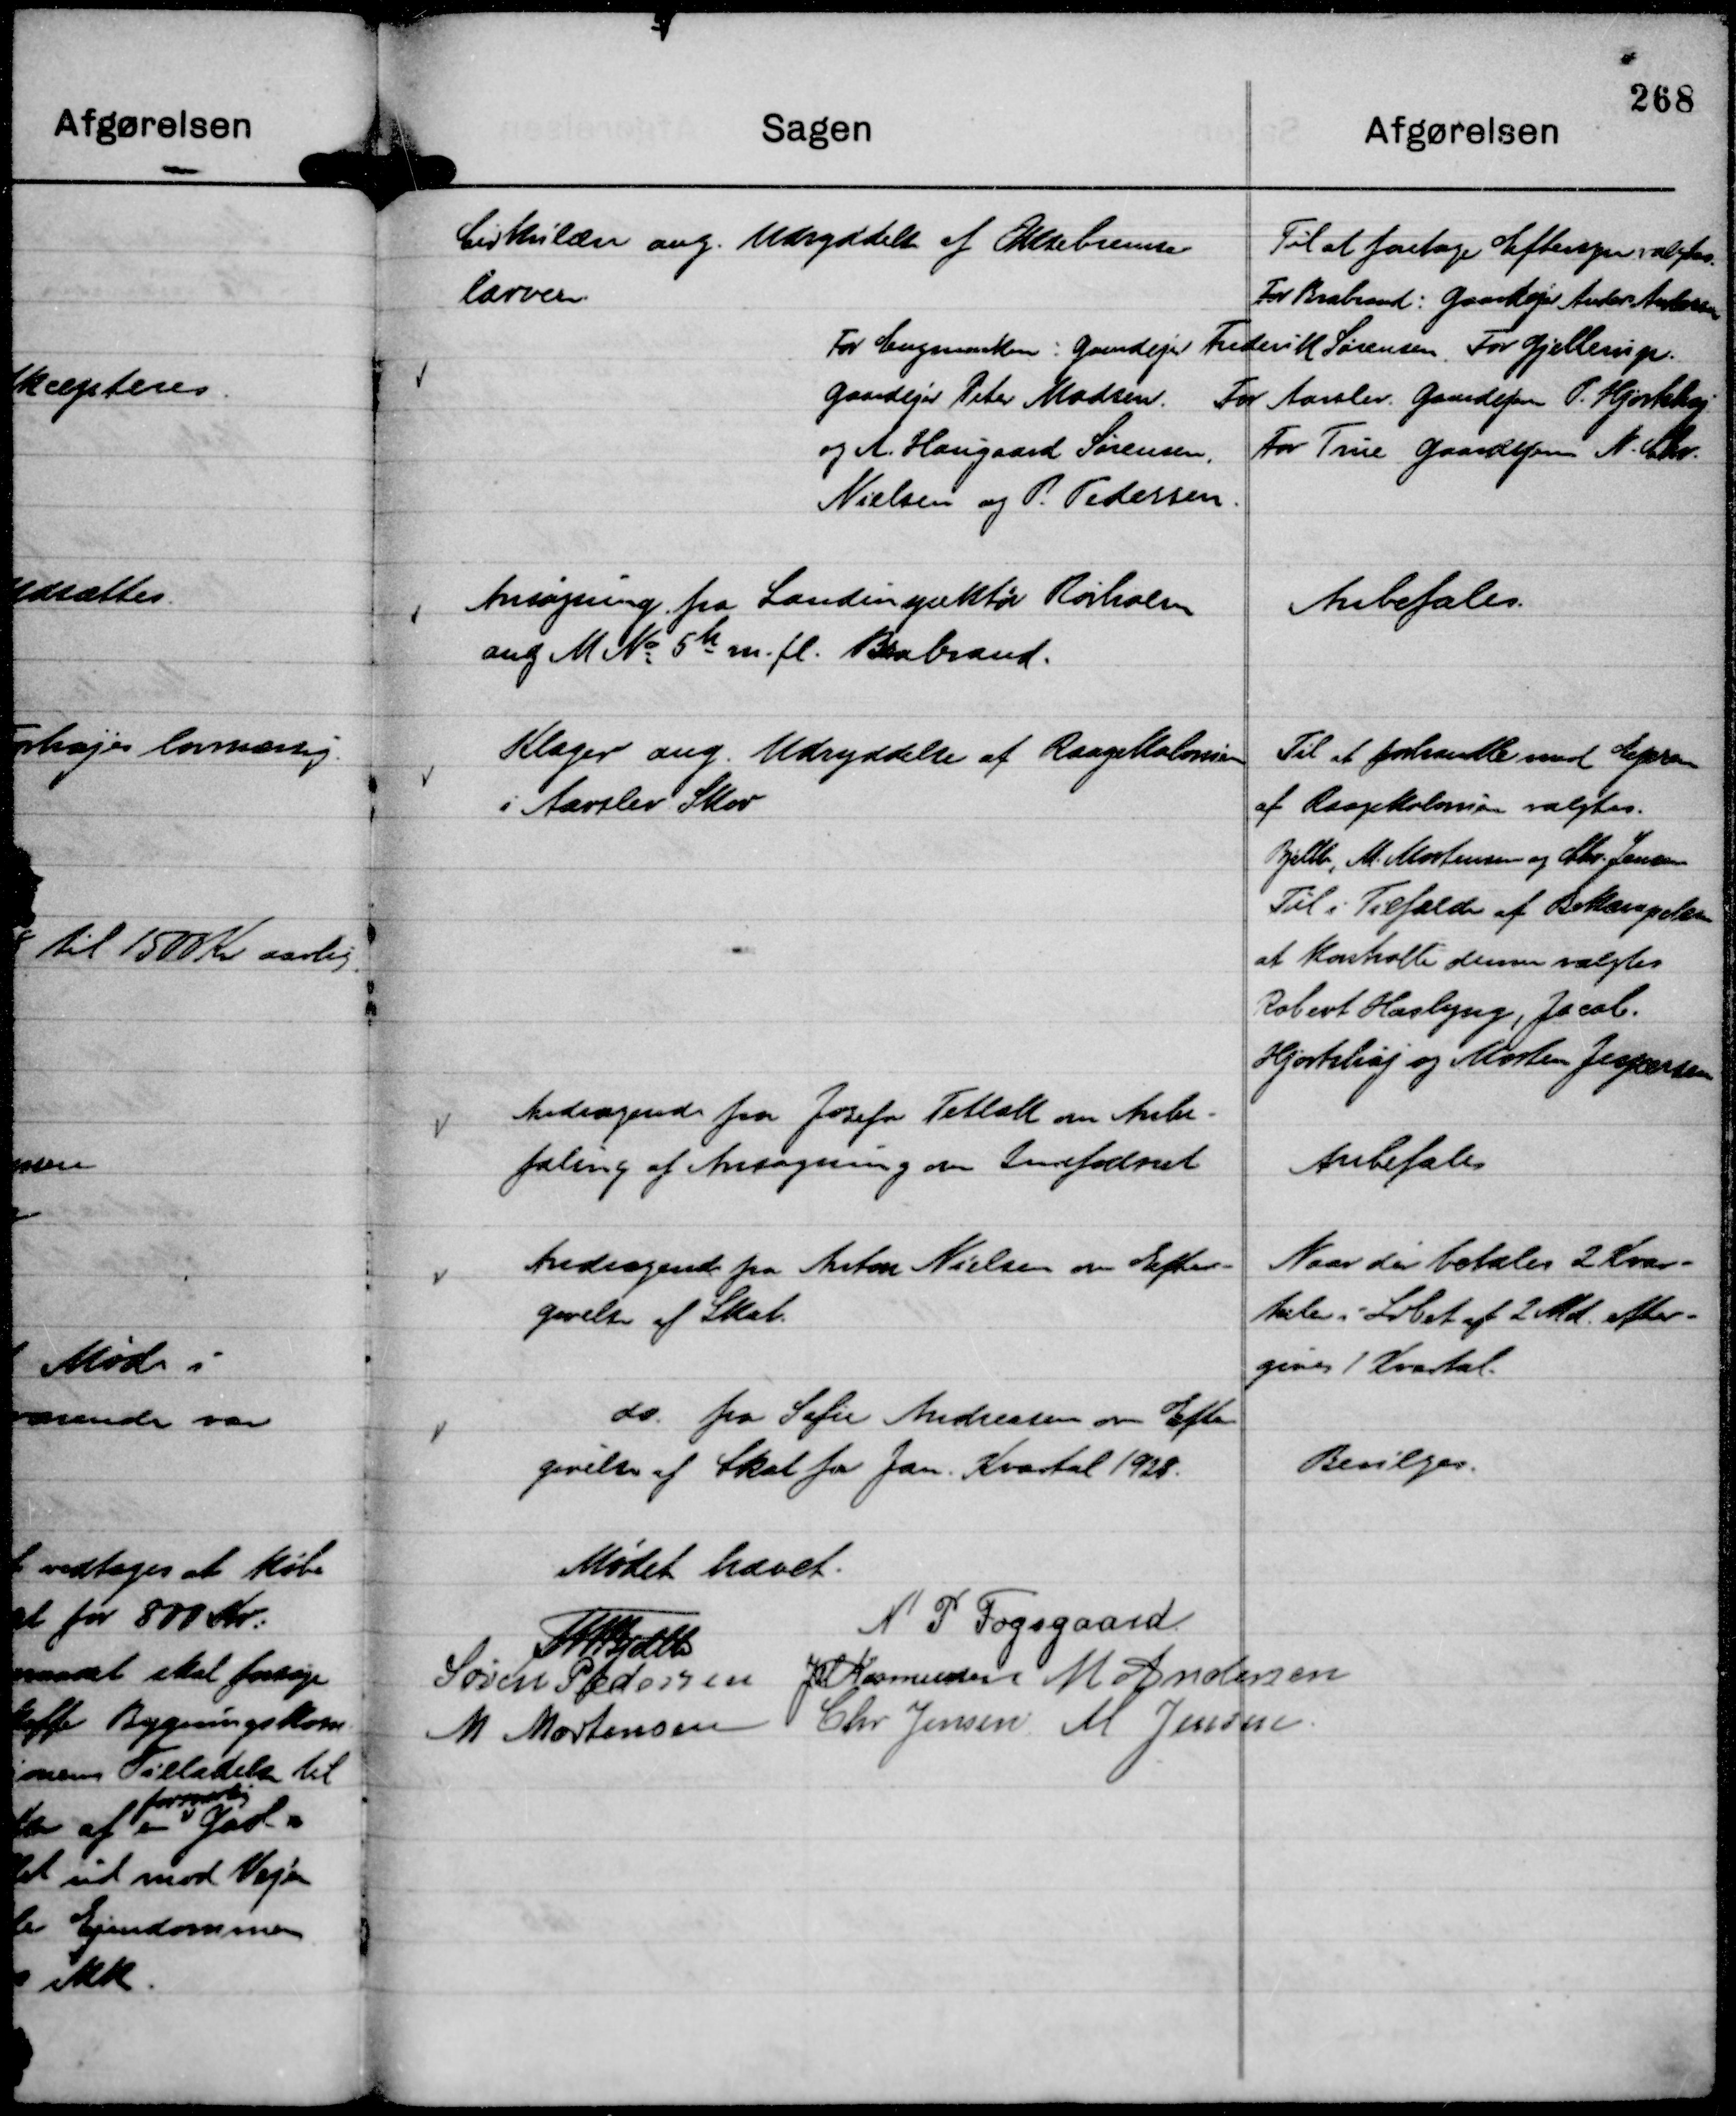
Transskription:
Cirkulære ang. Udryddelse af Oksebremse-
Larver.

Til at foretage Eftersyn valgtes.
For Brabrand: Gaardejer Anders Andersen
For Engmarken: Gaardejer Frederik Sørensen. For Gjellerup.
Gaardejer Peter Madsen. For Aarslev. Gaardejerne P. Hjortshøj
og A. Haugaard Sørensen. For True Gaardejerne N. Chr.
Nielsen og P. Pedersen.

Ansøgning fra Landinspektør Rørholm
ang M No 5 h m. fl. Brabrand.

Anbefales.

Klager ang. Udryddelse af Raagekolonien
i Aarslev Skov

Til at forhandle med Ejeren
af Raagekolonien valgtes.
Bjelke, M. Mortensen og Chr. Jensen
Til i Tilfælde af Bekæmpelsen
at kontrolle denne valgtes
Robert Haslyng, Jacob.
Hjortshøj og Morten Jespersen

Andragende fra Jozefa Tetlak om Anbe-
faling af Ansøgning om Indfødsret

Anbefales

Andragende fra Anton Nielsen om Efter-
gørelse af Skat.

Naar der betales 2 Kvar-
taler i Løbet af 2 Md. efter-
gives 1 Kvartal.

do. fra Sofie Andreasen om Efter-
givelse af Skat for Jan. Kvartal 1928.

Bevilges.

Mødet hævet.
Th Bjelke
N P Fogsgaard.
Søren Pedersen
JM Rasmussen
M Andersen
M Mortensen
Chr Jensen
M Jensen.